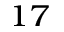
_ { 1 7 }